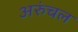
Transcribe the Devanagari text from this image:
अरुंचल